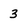
Character: 3